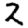
Digit: 2